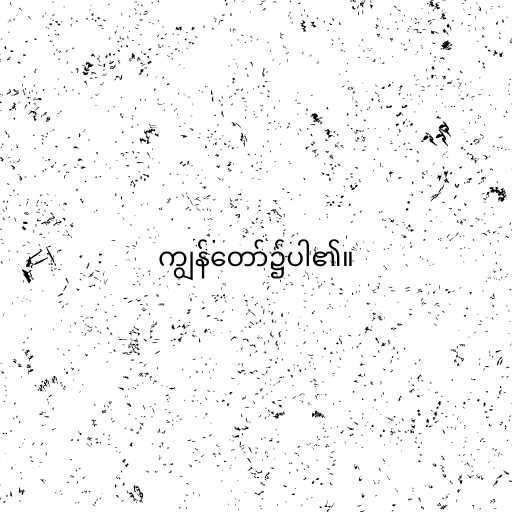
ကျွန်တော်၌ပါ၏။